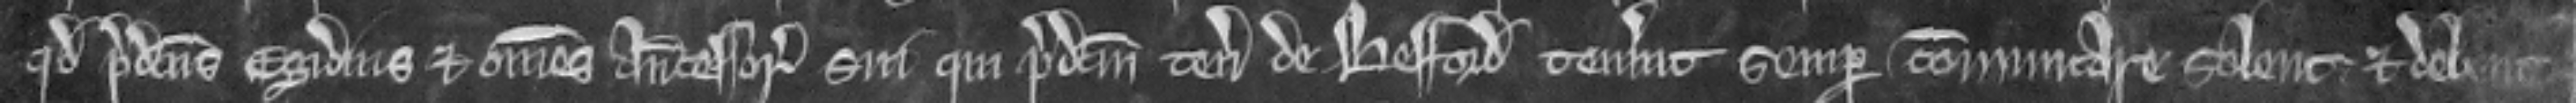
quod predictus Egidius et omnes antecessores sui qui predictum tenementum de Besford tenuerunt semper communicare solent et debent